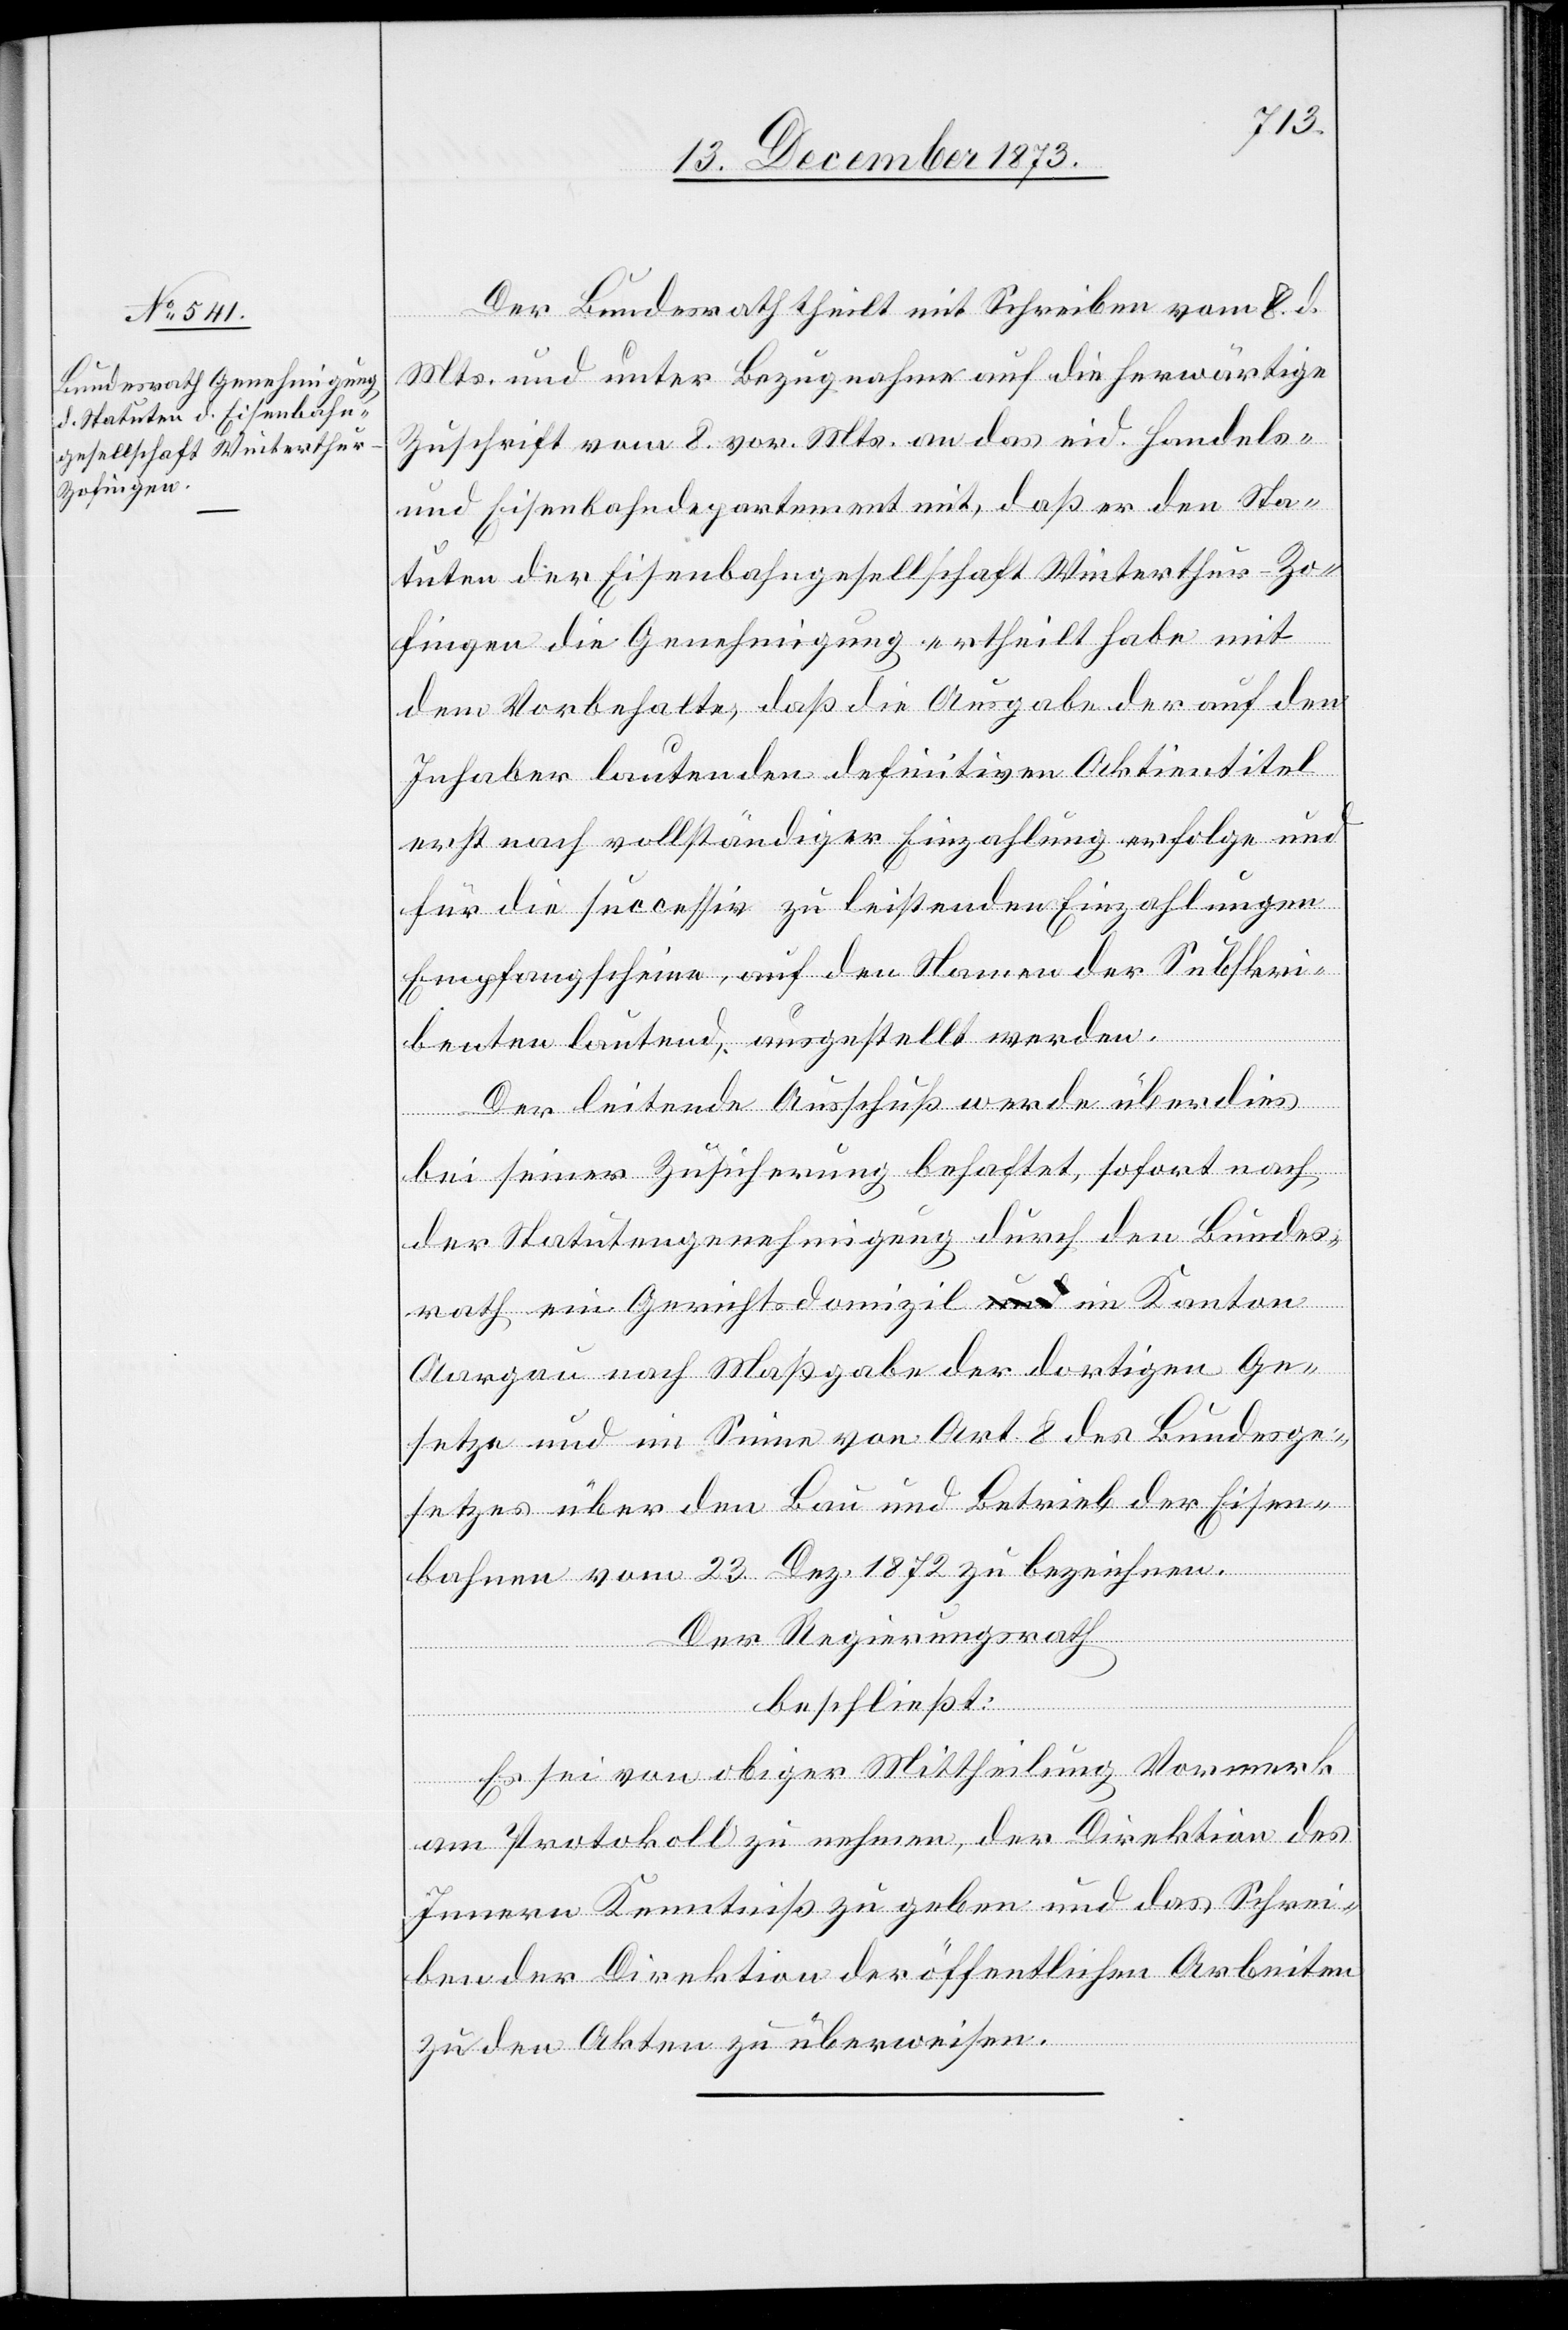
Der Bundesrath theilt mit Schreiben vom 8. d.
Mts. und unter Bezugnahme auf die herwärtige
Zuschrift vom 8. vor. Mts. an das eid. Handels-
und Eisenbahndepartement mit, daß er den Sta¬
tuten der Eisenbahngesellschaft Winterthur–Zo¬
fingen die Genehmigung ertheilt habe mit
dem Vorbehalte, daß die Ausgabe der auf den
Inhaber lautenden definitiven Aktientitel
erst nach vollständiger Einzahlung erfolge und
für die successiv zu leistenden Einzahlungen
Empfangscheine, auf den Namen der Subskri¬
benten lautend, ausgestellt werden.
Der leitende Ausschuß werde überdies
bei seiner Zusicherung behaftet, sofort nach
der Statutengenehmigung durch den Bundes¬
rath ein Gerichtsdomizil im Kanton
Aargau nach Maßgabe der dortigen Ge¬
setze und im Sinne von Art. 8 des Bundesge¬
setzes über den Bau und Betrieb der Eisen¬
bahnen vom 23. Dez. 1872 zu bezeichnen.
Der Regierungsrath
beschließt:
Es sei von obiger Mittheilung Vormerk
am Protokoll zu nehmen, der Direktion des
Innern Kenntniß zu geben und das Schrei¬
ben der Direktion der öffentlichen Arbeiten
zu den Akten zu überweisen.